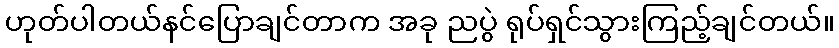
ဟုတ်ပါတယ်နင်ပြောချင်တာက အခု ညပွဲ ရုပ်ရှင်သွားကြည့်ချင်တယ်။